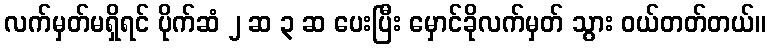
လက်မှတ်မရှိရင် ပိုက်ဆံ ၂ ဆ ၃ ဆ ပေးပြီး မှောင်ခိုလက်မှတ် သွား ဝယ်တတ်တယ်။